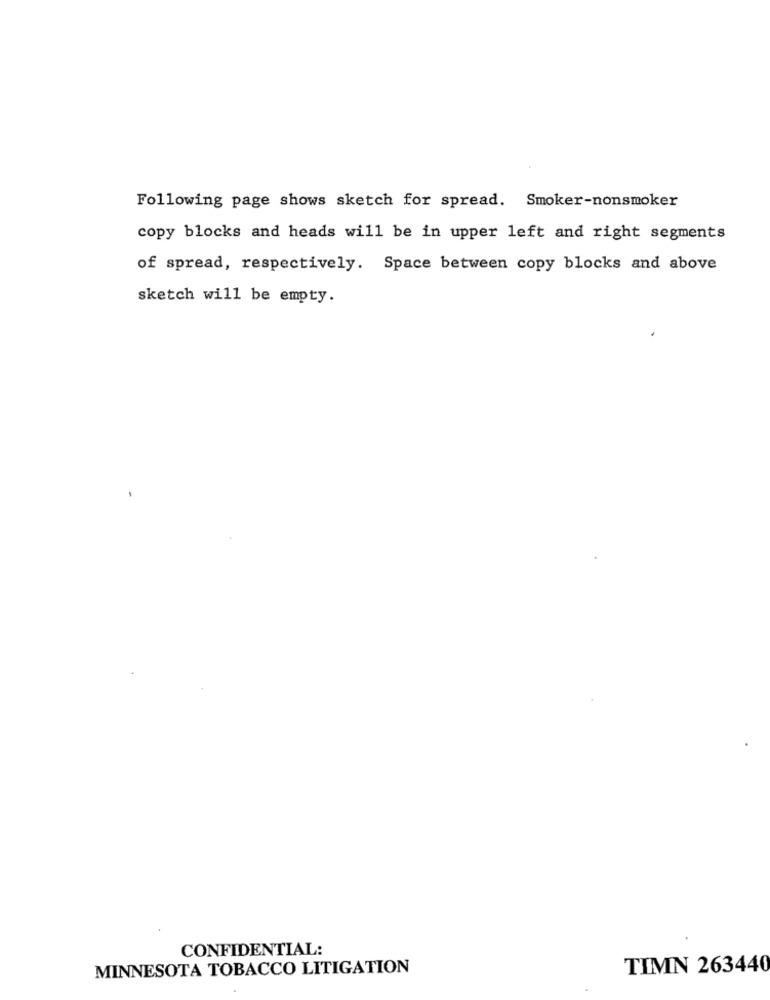
Following page shows sketch for spread. Smoker-nonsmoker
copy blocks and heads will be in upper left and right segments
of spread, respectively. Space between copy blocks and above
sketch will be empty.
CONFIDENTIAL:
MINNESOTA TOBACCO LITIGATION
TIMN 263440